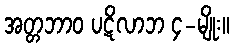
အတ္တဘာဝ ပဋိလာဘ ၄-မျိုး။